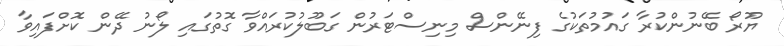
ޔޫރޯ ބޭނުންކުރާ ގައުމުތަކުގެ ފިނޭންސް މިނިސްޓަރުން ގަބޫލުކުރައްވާ ގޮތުގައި ލޯނު ދޭން ކޮށްފައިވާ